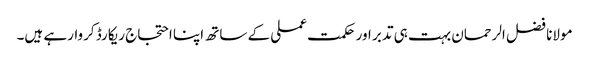
مولانا فضل الرحمان بہت ہی تدبر اور حکمت عملی کے ساتھ اپنا احتجاج ریکارڈ کروارہے ہیں۔